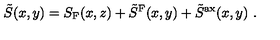
\tilde { S } ( x , y ) = S _ { \mathrm { F } } ( x , z ) + \tilde { S } ^ { \mathrm { F } } ( x , y ) + \tilde { S } ^ { \mathrm { a x } } ( x , y ) \ .